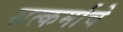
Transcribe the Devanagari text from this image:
सत्कर्माचे